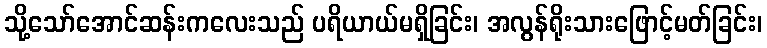
သို့သော်အောင်ဆန်းကလေးသည် ပရိယာယ်မရှိခြင်း၊ အလွန်ရိုးသားဖြောင့်မတ်ခြင်း၊